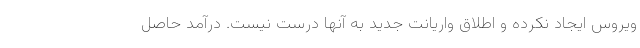
ویروس ایجاد نکرده و اطلاق واریانت جدید به آنها درست نیست. درآمد حاصل